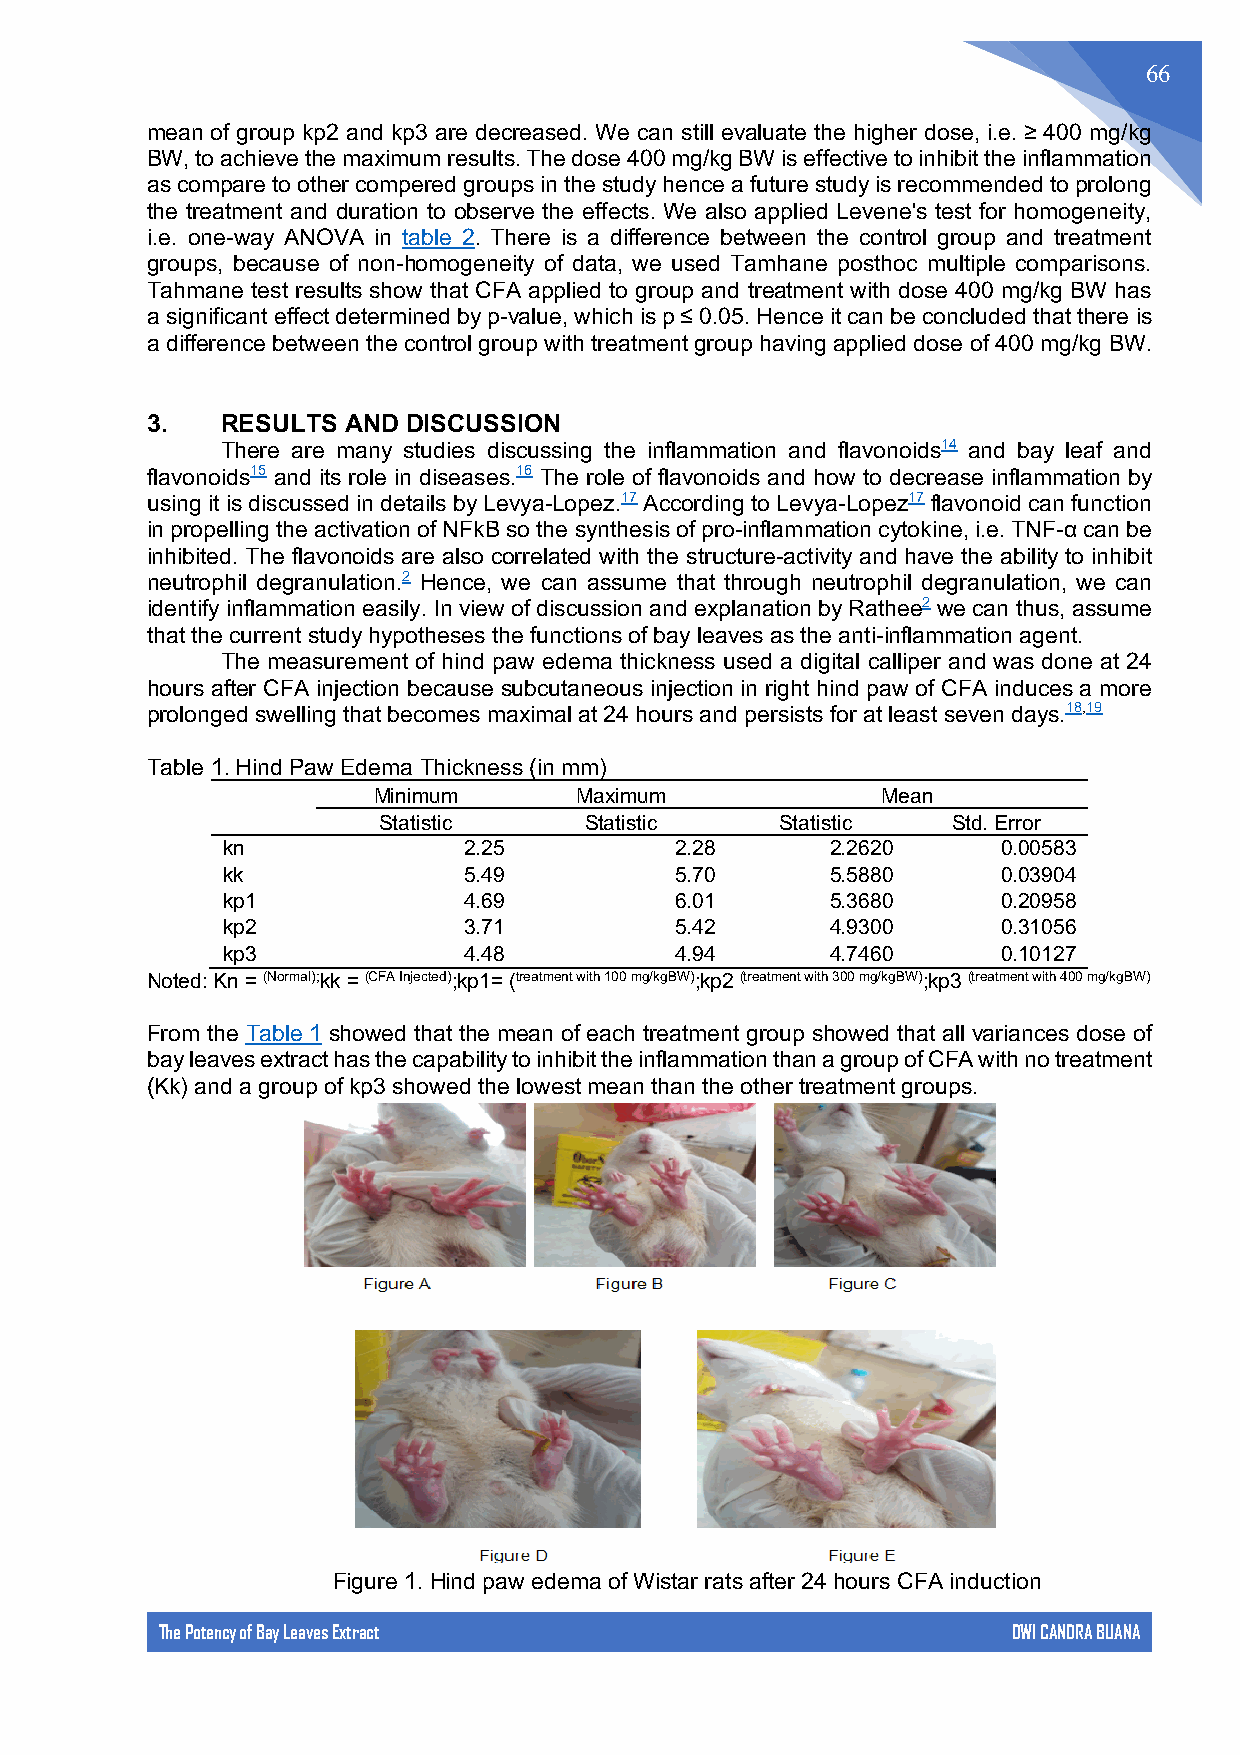
66
 mean of group kp2 and kp3 are decreased. We can still evaluate the higher dose, i.e. ≥ 400 mg/kg
 BW, to achieve the maximum results. The dose 400 mg/kg BW is effective to inhibit the inflammation
 as compare to other compered groups in the study hence a future study is recommended to prolong
 the treatment and duration to observe the effects. We also applied Levene's test for homogeneity,
 i.e. one-way ANOVA in table 2. There is a difference between the control group and treatment
 groups, because of non-homogeneity of data, we used Tamhane posthoc multiple comparisons.
 Tahmane test results show that CFA applied to group and treatment with dose 400 mg/kg BW has
 a significant effect determined by p-value, which is p ≤ 0.05. Hence it can be concluded that there is
 a difference between the control group with treatment group having applied dose of 400 mg/kg BW.
 3.   RESULTS AND DISCUSSION
 There are many studies discussing the inflammation and flavonoids14 and bay leaf and
 flavonoids15 and its role in diseases.16 The role of flavonoids and how to decrease inflammation by
 using it is discussed in details by Levya-Lopez.17 According to Levya-Lopez17 flavonoid can function
 in propelling the activation of NFkB so the synthesis of pro-inflammation cytokine, i.e. TNF-α can be
 inhibited. The flavonoids are also correlated with the structure-activity and have the ability to inhibit
 neutrophil degranulation.2 Hence, we can assume that through neutrophil degranulation, we can
 identify inflammation easily. In view of discussion and explanation by Rathee2 we can thus, assume
 that the current study hypotheses the functions of bay leaves as the anti-inflammation agent.
 The measurement of hind paw edema thickness used a digital calliper and was done at 24
 hours after CFA injection because subcutaneous injection in right hind paw of CFA induces a more
 prolonged swelling that becomes maximal at 24 hours and persists for at least seven days.18,19
 Table 1. Hind Paw Edema Thickness (in mm)
 Minimum      Maximum             Mean
 Statistic     Statistic    Statistic  Std. Error
 kn              2.25          2.28      2.2620     0.00583
 kk              5.49          5.70      5.5880     0.03904
 kp1             4.69          6.01      5.3680     0.20958
 kp2             3.71          5.42      4.9300     0.31056
 kp3             4.48          4.94      4.7460     0.10127
 Noted: Kn = (Normal);kk = (CFA Injected);kp1= (treatment with 100 mg/kgBW);kp2 (treatment with 300 mg/kgBW);kp3 (treatment with 400 mg/kgBW)
 From the Table 1 showed that the mean of each treatment group showed that all variances dose of
 bay leaves extract has the capability to inhibit the inflammation than a group of CFA with no treatment
 (Kk) and a group of kp3 showed the lowest mean than the other treatment groups.
 Figure 1. Hind paw edema of Wistar rats after 24 hours CFA induction
 The Potency of Bay Leaves Extract                       DWI CANDRA BUANA